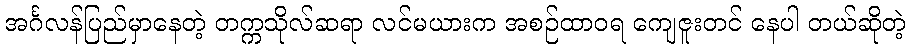
အင်္ဂလန်ပြည်မှာနေတဲ့ တက္ကသိုလ်ဆရာ လင်မယားက အစဉ်ထာဝရ ကျေဇူးတင် နေပါ တယ်ဆိုတဲ့